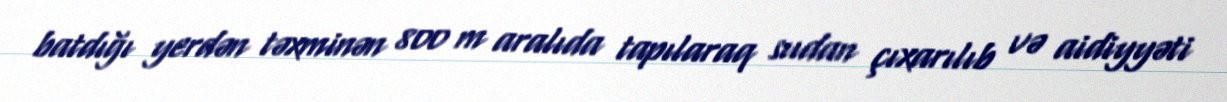
batdığı yerdən təxminən 800 m aralıda tapılaraq sudan çıxarılıb və aidiyyəti